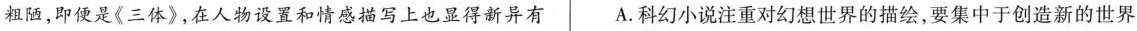
粗陋，即便是《三体》在人物设置和情感描写上也显得新异有 A 科幻小说注重对幻想世界的描绘,要集中于创造新的世界